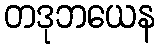
တဒုဘယေန